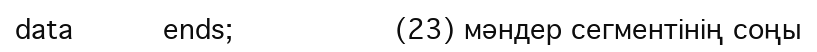
data          ends;                  (23) мәндер сегментінің соңы